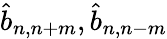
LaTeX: \hat{b}_{n,n+m},\hat{b}_{n,n-m}